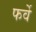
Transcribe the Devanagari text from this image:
फर्वे